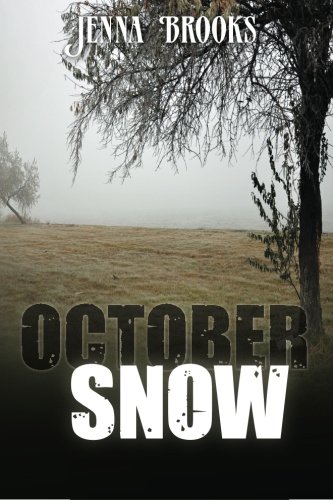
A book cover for October Snow; Jenna Brooks; Literature & Fiction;